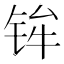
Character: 𫓴